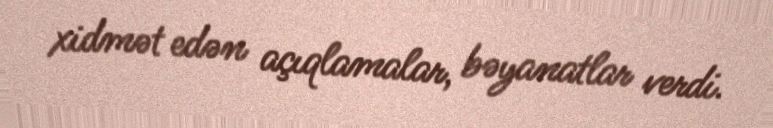
xidmət edən açıqlamalar, bəyanatlar verdi.